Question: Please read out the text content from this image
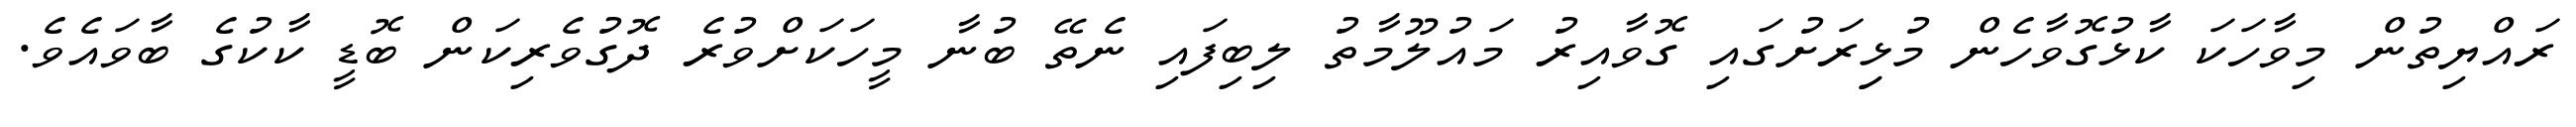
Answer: ރައްޔިތުން މިވާހަކަ ކާޅުގޮވާހެން މުޅިިރަށުގައި ގޮވާއިރު މައުލޫމާތު ލިބިފައި ނެތޭ ބުނާ މީހަކަށްވުރެ ދޮގުވެރިކަން ބޮޑީ ކާކުގެ ބާވައެވެ.